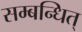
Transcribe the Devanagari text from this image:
सम्बन्धित्